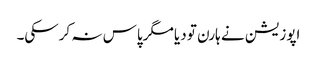
اپوزیشن نے ہارن تو دیا مگرپاس نہ کرسکی۔